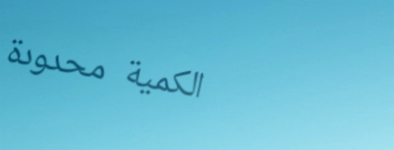
الكمية محدودة